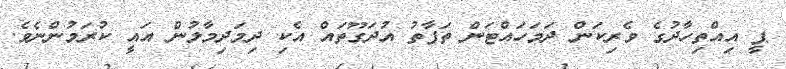
ޕީ އިއްތިހާދުގެ ވެރިކަން ދަމަހައްޓަން ތަފާތު އުދަގޫތައް އެކި ދިމަދިމާލުން އައީ ކުރަމުންނެވެ.